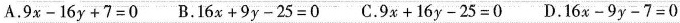
A. $$9x-16y+7=0$$ B. $$16x+9y-25=0$$ C. $$9x+16y-25=0$$ D. $$16x-9y-7=0$$